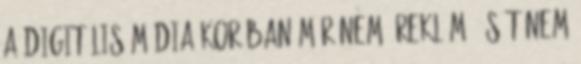
a digitális média korában már nem "reklám", sőt nem